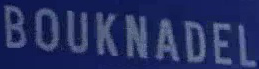
BOUKNADEL